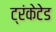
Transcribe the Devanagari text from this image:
ट्रंकेटेड